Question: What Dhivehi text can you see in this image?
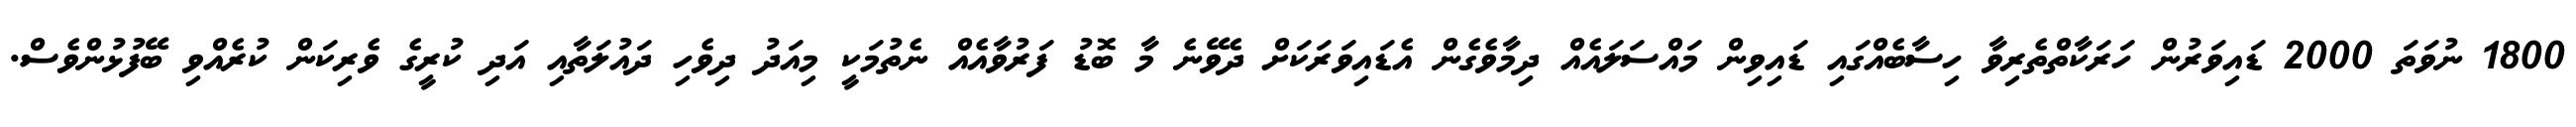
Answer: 1800 ނުވަތަ 2000 ޑައިވަރުން ހަރަކާތްތެރިވާ ހިސާބެއްގައި ޑައިވިން މައްސަލައެއް ދިމާވެގެން އެޑައިވަރަކަށް ދެވޭނެ މާ ބޮޑު ފަރުވާއެއް ނެތުމަކީ މިއަދު ދިވެހި ދައުލަތާއި އަދި ކުރީގެ ވެރިކަން ކުރެއްވި ބޭފުޅުންވެސް.